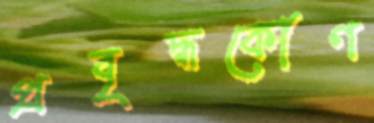
প্রবৃদ্ধকোণ